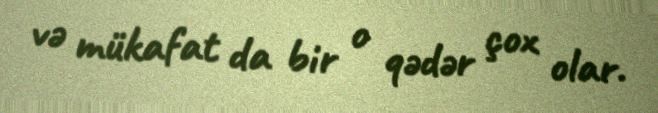
və mükafat da bir o qədər çox olar.